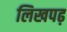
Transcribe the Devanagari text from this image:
लिखपढ़